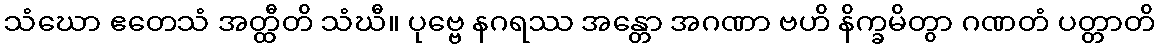
သံဃော ဧတေသံ အတ္ထီတိ သံဃီ။ ပုဗ္ဗေ နဂရဿ အန္တော အဂဏာ ဗဟိ နိက္ခမိတွာ ဂဏတံ ပတ္တာတိ